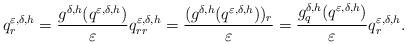
LaTeX: \begin{align*}q^{\varepsilon,\delta,h} _r =\frac{ g^{\delta,h} (q^{\varepsilon,\delta,h})}{\varepsilon} q^{\varepsilon,\delta,h} _{rr}= \frac{( g^{\delta,h} (q^{\varepsilon,\delta,h}) )_r}{\varepsilon}=\frac{g^{\delta,h} _q ( q^{\varepsilon,\delta,h} ) }{\varepsilon} q^{\varepsilon,\delta,h} _r. \end{align*}